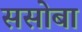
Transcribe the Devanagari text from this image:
ससोबा